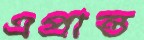
এপ্রান্ত